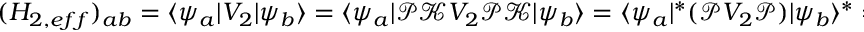
\begin{array} { r } { ( H _ { 2 , e f f } ) _ { a b } = \langle \psi _ { a } | V _ { 2 } | \psi _ { b } \rangle = \langle \psi _ { a } | \mathcal P \mathcal K V _ { 2 } \mathcal P \mathcal K | \psi _ { b } \rangle = \langle \psi _ { a } | ^ { \ast } ( \mathcal P V _ { 2 } \mathcal P ) | \psi _ { b } \rangle ^ { \ast } = ( \langle \psi _ { a } | V _ { 2 } | \psi _ { b } \rangle ) ^ { \ast } = ( H _ { 2 , e f f } ) _ { a b } ^ { \ast } , \quad ( a , b = 1 , 2 ) } \end{array}